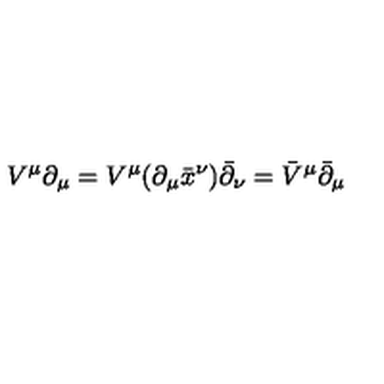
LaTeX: V ^ { \mu } \partial _ { \mu } = V ^ { \mu } ( \partial _ { \mu } { \bar { x } } ^ { \nu } ) \bar { \partial } _ { \nu } = { \bar { V } } ^ { \mu } { \bar { \partial } } _ { \mu }